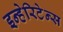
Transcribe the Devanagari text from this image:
इन्हेरिटेन्स